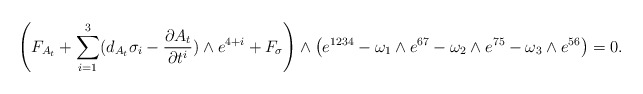
\begin{gather*}\left(F_{A_t} + \sum\limits_{i=1}^3 (d_{A_t}\sigma_i- \frac{\partial A_t}{\partial t^i} ) \wedge e^{4+i} +F_\sigma \right) \wedge \big(e^{1234}-\omega_1\wedge e^{67} -\omega_2\wedge e^{75} -\omega_3\wedge e^{56} \big) =0.\end{gather*}